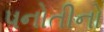
પનોતીનો